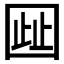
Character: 𫭋